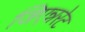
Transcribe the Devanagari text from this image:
जिएन्नरेट